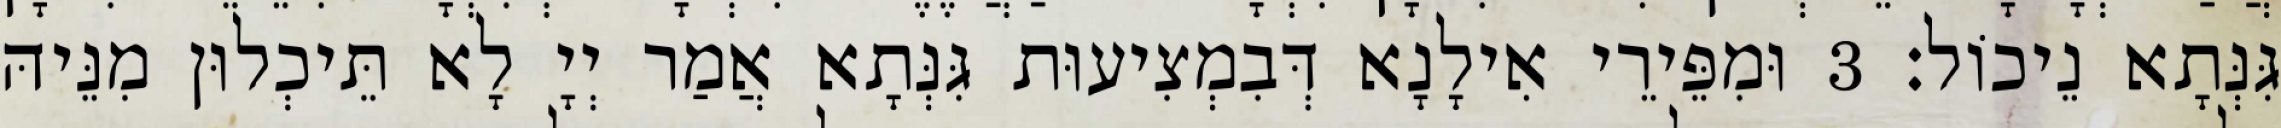
גִּנְּתָא נֵיכוֹל׃ 3 וּמִפֵּירֵי אִילָנָא דְּבִמְצִיעוּת גִּנְּתָא אֲמַר יְיָ לָא תֵּיכְלוּן מִנֵּיהּ